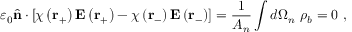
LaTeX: \varepsilon _ { 0 } { \hat { \mathbf { n } } } \cdot \left[ \chi \left( \mathbf { r } _ { + } \right) \mathbf { E } \left( \mathbf { r } _ { + } \right) - \chi \left( \mathbf { r } _ { - } \right) \mathbf { E } \left( \mathbf { r } _ { - } \right) \right] = { \frac { 1 } { A _ { n } } } \int d \Omega _ { n } \ \rho _ { b } = 0 \ ,